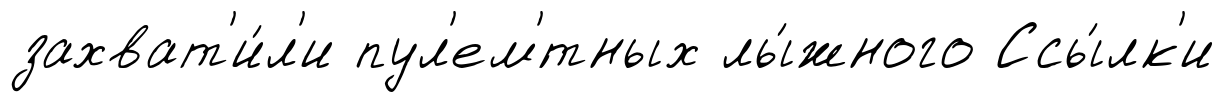
захват'и́л'и пул'ем'́тных лы́жного Ссы́лк'и